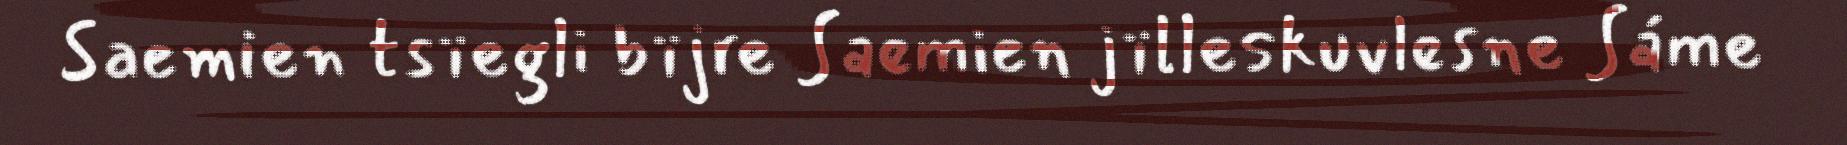
Saemien tsïegli bïjre Saemien jïlleskuvlesne Sáme